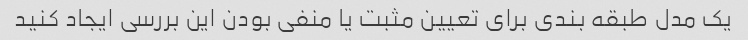
یک مدل طبقه بندی برای تعیین مثبت یا منفی بودن این بررسی ایجاد کنید